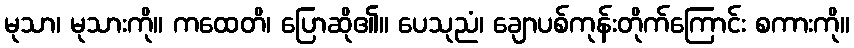
မုသာ၊ မုသားကို။ ကထေတိ၊ ပြောဆို၏။ ပေသုညံ၊ ချောပစ်ကုန်းတိုက်ကြောင်း စကားကို။